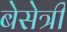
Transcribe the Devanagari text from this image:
बेसेत्री